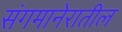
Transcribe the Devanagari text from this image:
संगमानेरातील